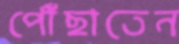
পৌঁছাতেন